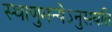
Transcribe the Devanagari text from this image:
स्थाणुमन्येऽनुसयति